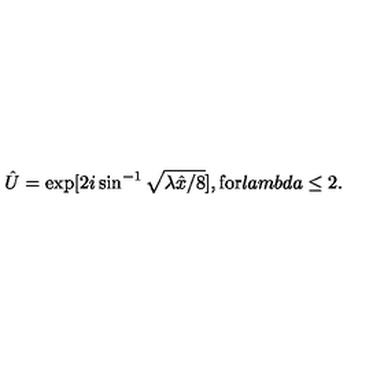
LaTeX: \hat { U } = \exp [ 2 i \sin ^ { - 1 } \sqrt { \lambda \hat { x } / 8 } ] , \mathrm { f o r } l a m b d a \leq 2 .